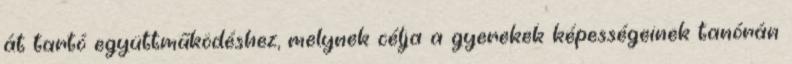
át tartó együttműködéshez, melynek célja a gyerekek képességeinek tanórán